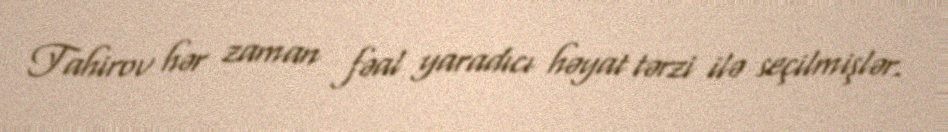
Tahirov hər zaman fəal yaradıcı həyat tərzi ilə seçilmişlər.